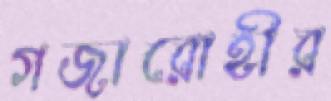
গজারোহীর